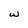
Character: w